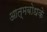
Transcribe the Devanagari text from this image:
आत्मबोधके